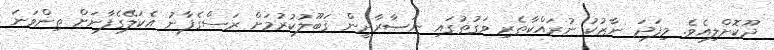
ދޫކޮށްލިއެވެ. މިފަދަ ނާޒުކު ނުރައްކާތެރި ވަގުތުގައި ނަޞާރާދީން ޤަބޫލުކުރުމަށް ރަސްގެފާނު އެކަލޭގެފާނަށް ތިންވަނަ